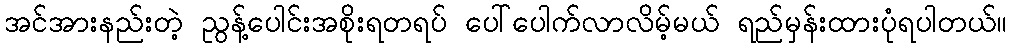
အင်အားနည်းတဲ့ ညွန့်ပေါင်းအစိုးရတရပ် ပေါ်ပေါက်လာလိမ့်မယ် ရည်မှန်းထားပုံရပါတယ်။